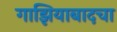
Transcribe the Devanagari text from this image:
गाझियाबादचा